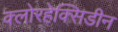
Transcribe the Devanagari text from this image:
क्लोरहेक्सिडीन